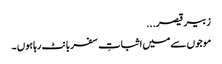
زبیر قیصر...
موجوں سے میں اثباتِ سفر بانٹ رہاہوں ۔